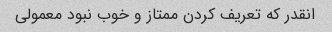
انقدر که تعریف کردن ممتاز و خوب نبود معمولی